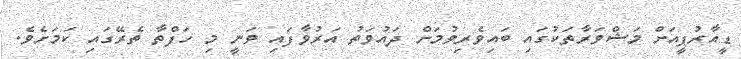
ޑީއާރުޕީއަށް މަޝްވަރާތަކުގައި ބައިވެރިވުމަށް ދައުވަތު އަރުވާފައި ވަނީ މި ހަފްތާ ތެރޭގައި ކަމަށެވެ.